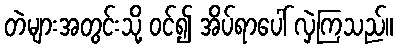
တဲများအတွင်းသို့ ဝင်၍ အိပ်ရာပေါ် လှဲကြသည်။